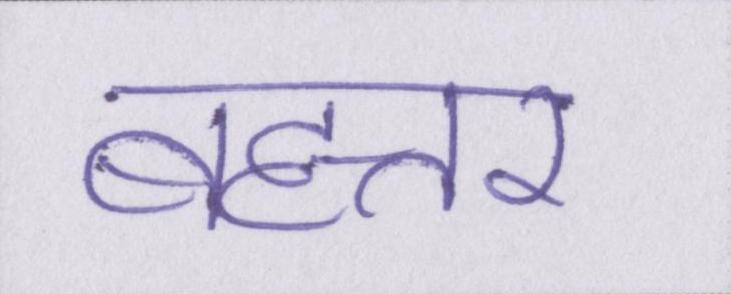
बहत्तर